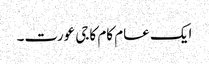
ایک عام کام کاجی عورت۔